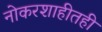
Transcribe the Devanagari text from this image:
नोकरशाहीतही